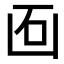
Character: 𠚈